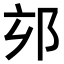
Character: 𨚃